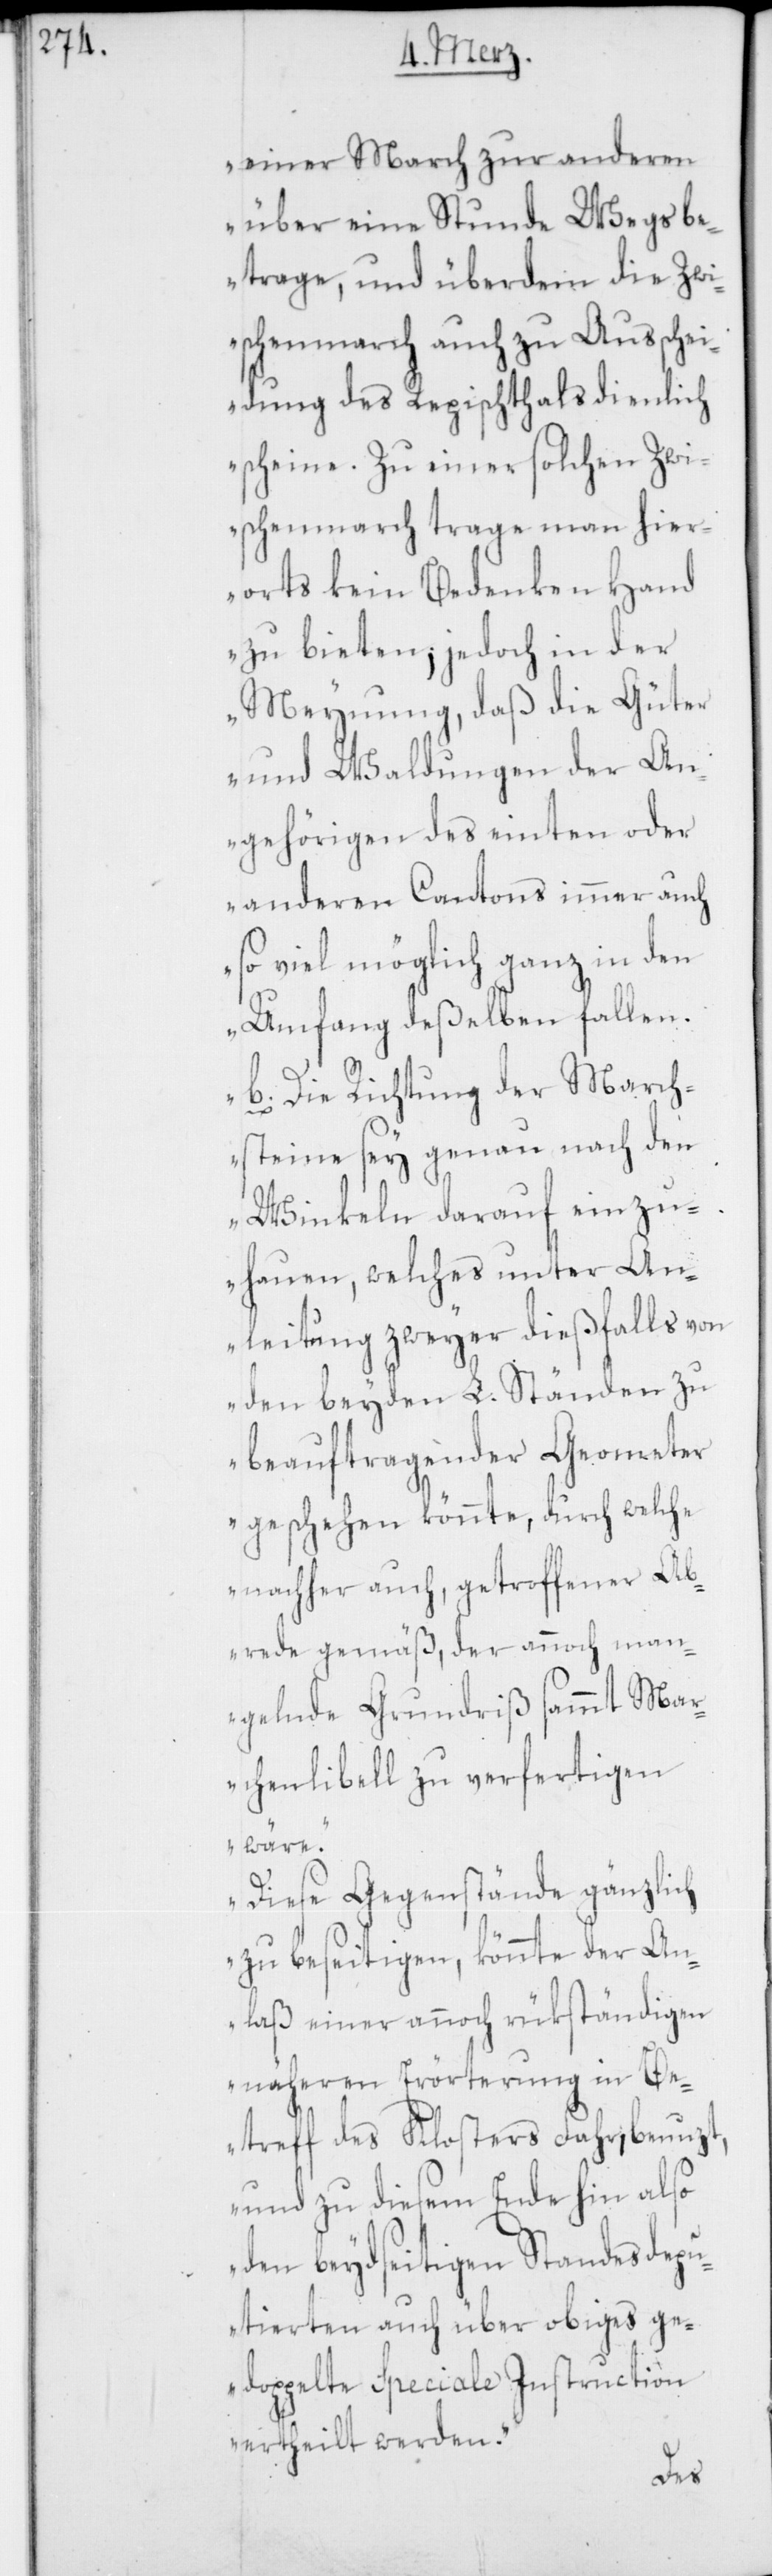
einer March zur anderen
über eine Stunde Wegs be¬
trage, und überdem die Zwi¬
schenmarch auch zu Ausschei¬
dung des Repischthals dienlich
scheine. Zu einer solchen Zwi¬
schenmarch trage man hier¬
orts kein Bedenken Hand
zu bieten; jedoch in der
Meynung, daß die Güter
und Waldungen der An¬
gehörigen des einten oder
anderen Cantons immer auch
so viel möglich ganz in den
Umfang deßelben fallen.
b. Die Richtung der March¬
steine sey genau nach den
Winkeln darauf einzu¬
hauen, welches unter An¬
leitung zweyer dießfalls von
den beyden L. Ständen zu
beauftragenden Geometer
geschehen könnte, durch welche
nachher auch, getroffener Ab¬
rede gemäß, der annoch man¬
gelnde Grundriß sammt Mar¬
chenlibell zu verfertigen
wäre.
Diese Gegenstände gänzlich
zu beseitigen, könnte der An¬
laß einer annoch rükständigen
näheren Erörterung in Be¬
treff des Klosters Fahr, benuzt,
und zu diesem Ende hin also
den beydseitigen Standesdepu¬
tierten auch über obiges ge¬
doppelte Speciale Instrction
ertheilt werden.